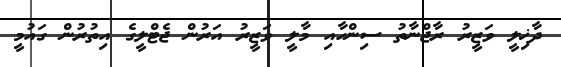
ދާޚިލީ ވަޒީރު ރާޖްނާތު ސިންހާއި މާލީ ވަޒީރު އަރުން ޖެޓްލީގެ އިތުރުން ގައުމީ